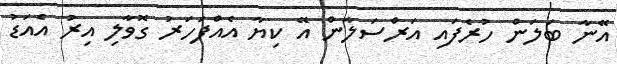
އޭނާ ބަލަން ހުރެފައި އަރްސަލާން އޭ ކިޔާ އެއްފަހަރު ގޮވާލި އިރު އެއަޑު